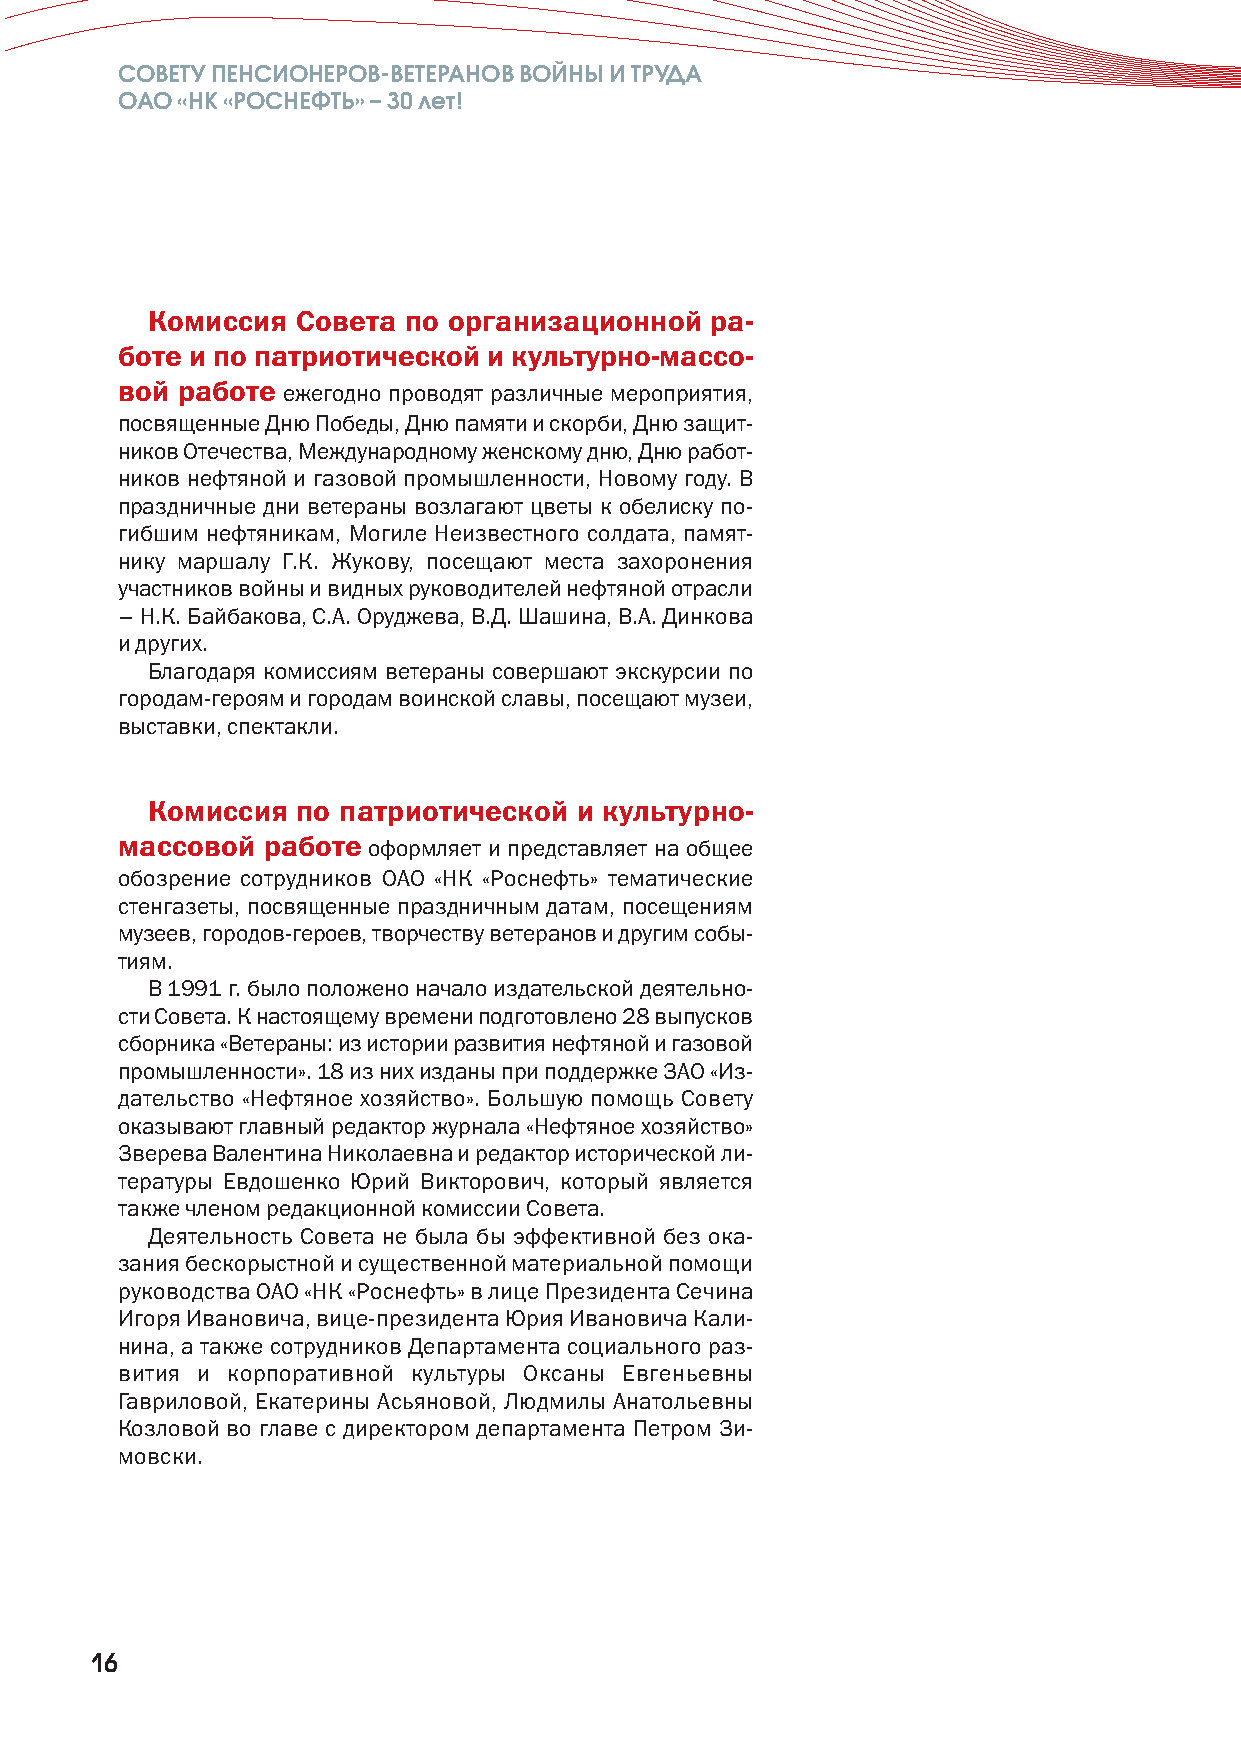
СОВЕТУ ПЕНСИОНЕРОВ-ВЕТЕРАНОВ ВОЙНЫ И ТРУДА
 ОАО «НК «РОСНЕФТЬ» –30 лет!
 Комиссия  Совета по организационной  ра-
 боте и по патриотической и культурно-массо-
 вой работе ежегодно проводят различные мероприятия,
 посвященные Дню Победы, Дню памяти и скорби, Дню защит-
 ников Отечества, Международному женскому дню, Дню работ-
 ников нефтяной и газовой промышленности, Новому году. В
 праздничные дни ветераны возлагают цветы к обелиску по-
 гибшим нефтяникам, Могиле Неизвестного солдата, памят-
 нику маршалу Г.К. Жукову, посещают места захоронения
 участников войны и видных руководителей нефтяной отрасли
 – Н.К. Байбакова, С.А.Оруд жева, В.Д. Шашина, В.А. Динкова
 и других.
 Благодаря комиссиям ветераны совершают экскурсии по
 городам-героям и городам воинской славы, посещают музеи,
 выставки, спектакли.
 Комиссия  по патриотической и культурно-
 массовой работе оформляет и представляет на общее
 обозрение сотрудников ОАО «НК «Роснефть» тематические
 стенгазеты, посвященные праздничным датам, посещениям
 музеев, городов-героев, творчеству ветеранов и другим собы-
 тиям.
 В 1991 г. было положено начало издательской деятельно-
 сти Совета. К настоящему времени подготовлено 28 выпусков
 сборника «Ветераны: из истории развития нефтяной и газовой
 промышленности». 18 из них изданы при поддержке ЗАО «Из-
 дательство «Нефтяное хозяйство». Большую помощь Совету
 оказывают главный редактор журнала «Нефтяное хозяйство»
 Зверева Валентина Николаевна и редактор исторической ли-
 тературы Евдошенко Юрий Викторович, который является
 также членом редакционной комиссии Совета.
 Деятельность Совета не была бы эффективной без ока-
 зания бескорыстной и существенной материальной помощи
 руководства ОАО «НК «Роснефть» в лице Президента Сечина
 Игоря Ивановича, вице-президента Юрия Ивановича Кали-
 нина, а также сотрудников Департамента социального раз-
 вития и корпоративной культуры Оксаны Евгеньевны
 Гавриловой, Екатерины Асьяновой, Людмилы Анатольевны
 Козловой во главе с директором департамента Петром Зи-
 мовски.
 16